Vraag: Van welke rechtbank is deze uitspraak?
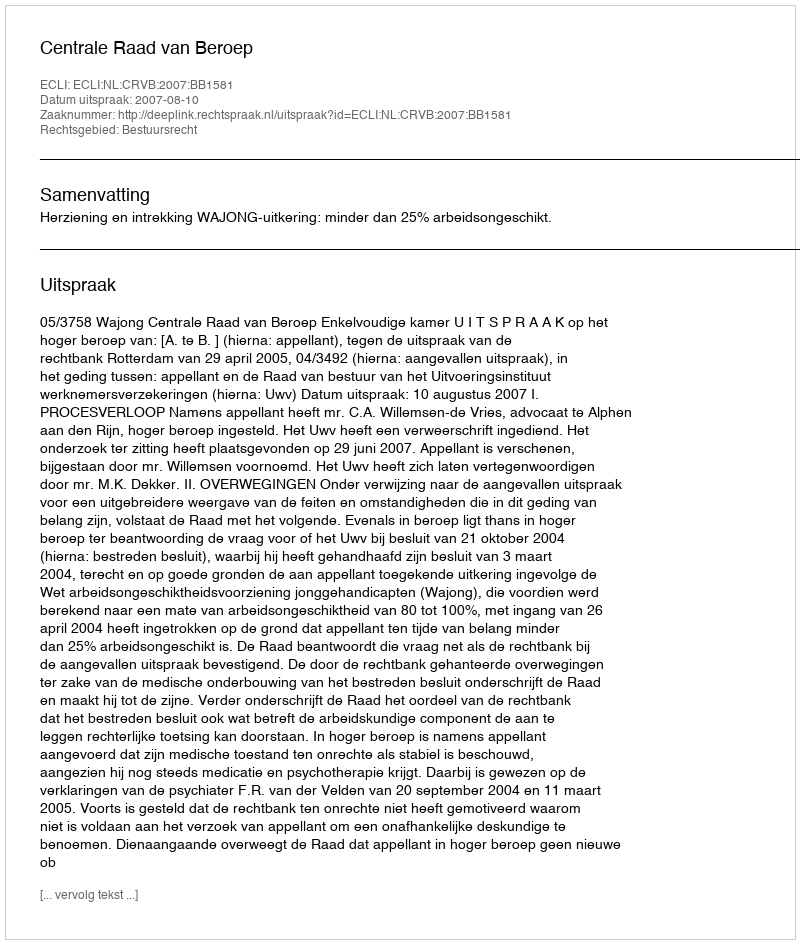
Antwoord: Centrale Raad van Beroep